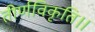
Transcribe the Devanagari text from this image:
तीर्णविकृति।।